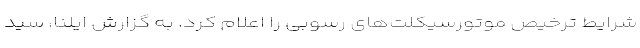
شرایط ترخیص موتورسیکلت‌‌های رسوبی را اعلام کرد. به گزارش ایلنا، سید